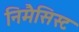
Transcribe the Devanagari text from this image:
निमैसिस्ट